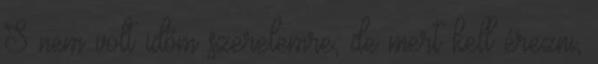
S nem volt időm szerelemre, de mert kell érezni,